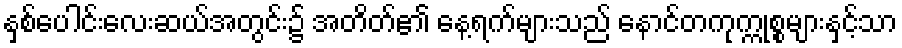
နှစ်ပေါင်းလေးဆယ်အတွင်း၌ အတိတ်၏ နေ့ရက်များသည် နောင်တကုက္ကုစ္စများနှင့်သာ